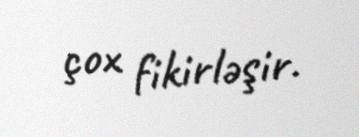
çox fikirləşir.